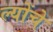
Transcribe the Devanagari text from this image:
ल्योंचे